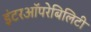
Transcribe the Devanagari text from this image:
इंटरऑपरेबिलिटी